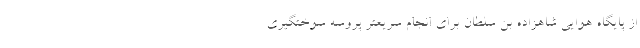
از پایگاه هوایی شاهزاده بن سلطان برای انجام سریعتر پروسه سوختگیری